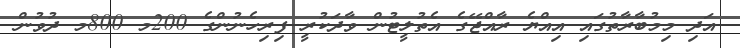
އަދި މިމުބާރާތުގައި އިއްޔެ ރާއްޖޭގެ އެތުލީޓުން ވާދަކުރީ ފިރިހެނުންގެ 200މ 800މ ދުވުން